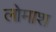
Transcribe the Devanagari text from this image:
लोमाश